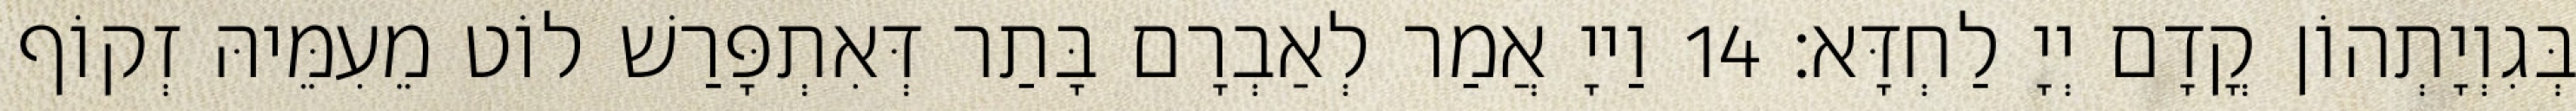
בְּגִוְיָתְהוֹן קֳדָם יְיָ לַחְדָּא׃ 14 וַייָ אֲמַר לְאַבְרָם בָּתַר דְּאִתְפָּרַשׁ לוֹט מֵעִמֵּיהּ זְקוֹף